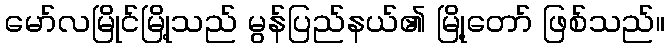
မော်လမြိုင်မြို့သည် မွန်ပြည်နယ်၏ မြို့တော် ဖြစ်သည်။